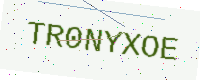
Text: TR0NYXOE